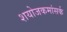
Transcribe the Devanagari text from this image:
शयोजकमांसर्क